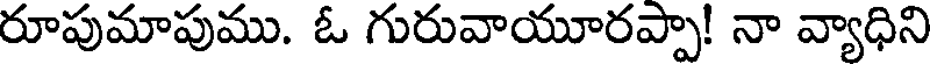
రూపుమాపుము. ఓ గురువాయూరప్పా! నా వ్యాధిని